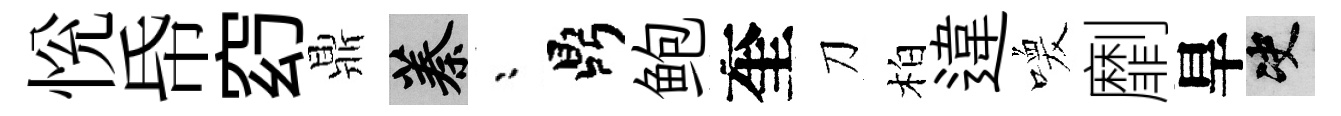
恱帋𥥆鼎蓁漸鼎鲍奎刀柏違喚劘旱决